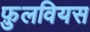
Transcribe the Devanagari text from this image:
फ़ुलवियस